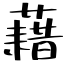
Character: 藉